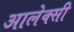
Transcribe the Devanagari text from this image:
आलेक्सी